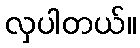
လှပါတယ်။